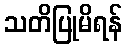
သတိပြုမိရန်